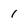
Character: 1